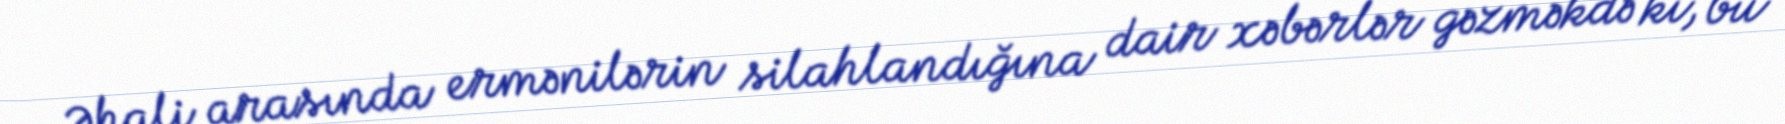
Əhali arasında ermənilərin silahlandığına dair xəbərlər gəzməkdə ki, bu